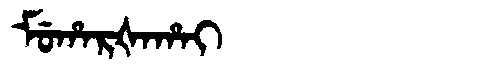
Manchu: ᠮᡠᡥᠠᡵᡧᠠᡥᠠᡳ
Romanization: MUHARŠAHAI